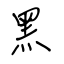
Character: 黑